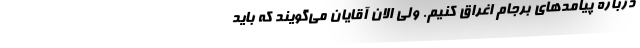
درباره پیامدهای برجام اغراق کنیم. ولی الان آقایان می‌گویند که باید